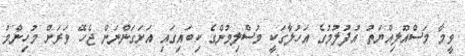
ވީމާ މަސްއޫލިއްޔަތު އުފުލުމުގެ އަހުލާގަކީ މުސްލިމުންގެ ކިބައިގައި އަށަގަންނަން ޖެހޭ ވަރަށް މުހިންމު